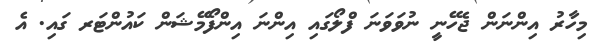
މިހާރު އިންނަން ޖެހޭނީ ނުވަވަނަ ފްލޯގައި އިންނަ އިންފޯމޭޝަން ކައުންޓަރ ގައި. އެ